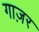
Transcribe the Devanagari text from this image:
गाज़र